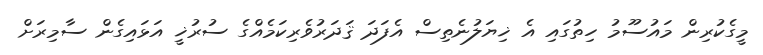
މީގެކުރިން މައުސޫމު ހިތުގައި އެ ޚިޔަލުނެތިސް އެފަދަ ޤަދަރުވެރިކަމެއްގެ ސުރުޚީ އަޅައިގެން ސާމިރަށް